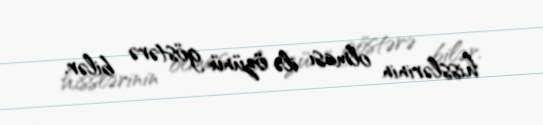
hisslərinin olması ilə özünü göstərə bilər.